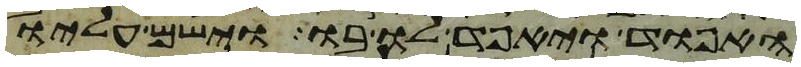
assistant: האפוד ויאפד לו בו וישם עליו